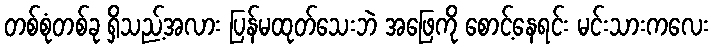
တစ်စုံတစ်ခု ရှိသည့်အလား ပြန်မထုတ်သေးဘဲ အဖြေကို စောင့်နေရင်း မင်းသားကလေး